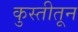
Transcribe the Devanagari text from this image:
कुस्तीतून